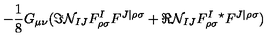
- \frac { 1 } { 8 } G _ { \mu \nu } ( \Im { \cal N } _ { I J } F _ { \rho \sigma } ^ { I } F ^ { J | \rho \sigma } + \Re { \cal N } _ { I J } F _ { \rho \sigma } ^ { I } { } ^ { \star } F ^ { J | \rho \sigma } )